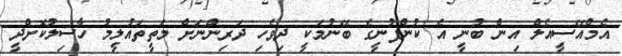
އެމްއޭސީއެލް އިން ބުނީ އެ ކުންފުނީގެ ބޭނުމަކީ ދިވެހި ދަރިންނަށް މަތީތައުލީމު ހާސިލުކޮށްދީ